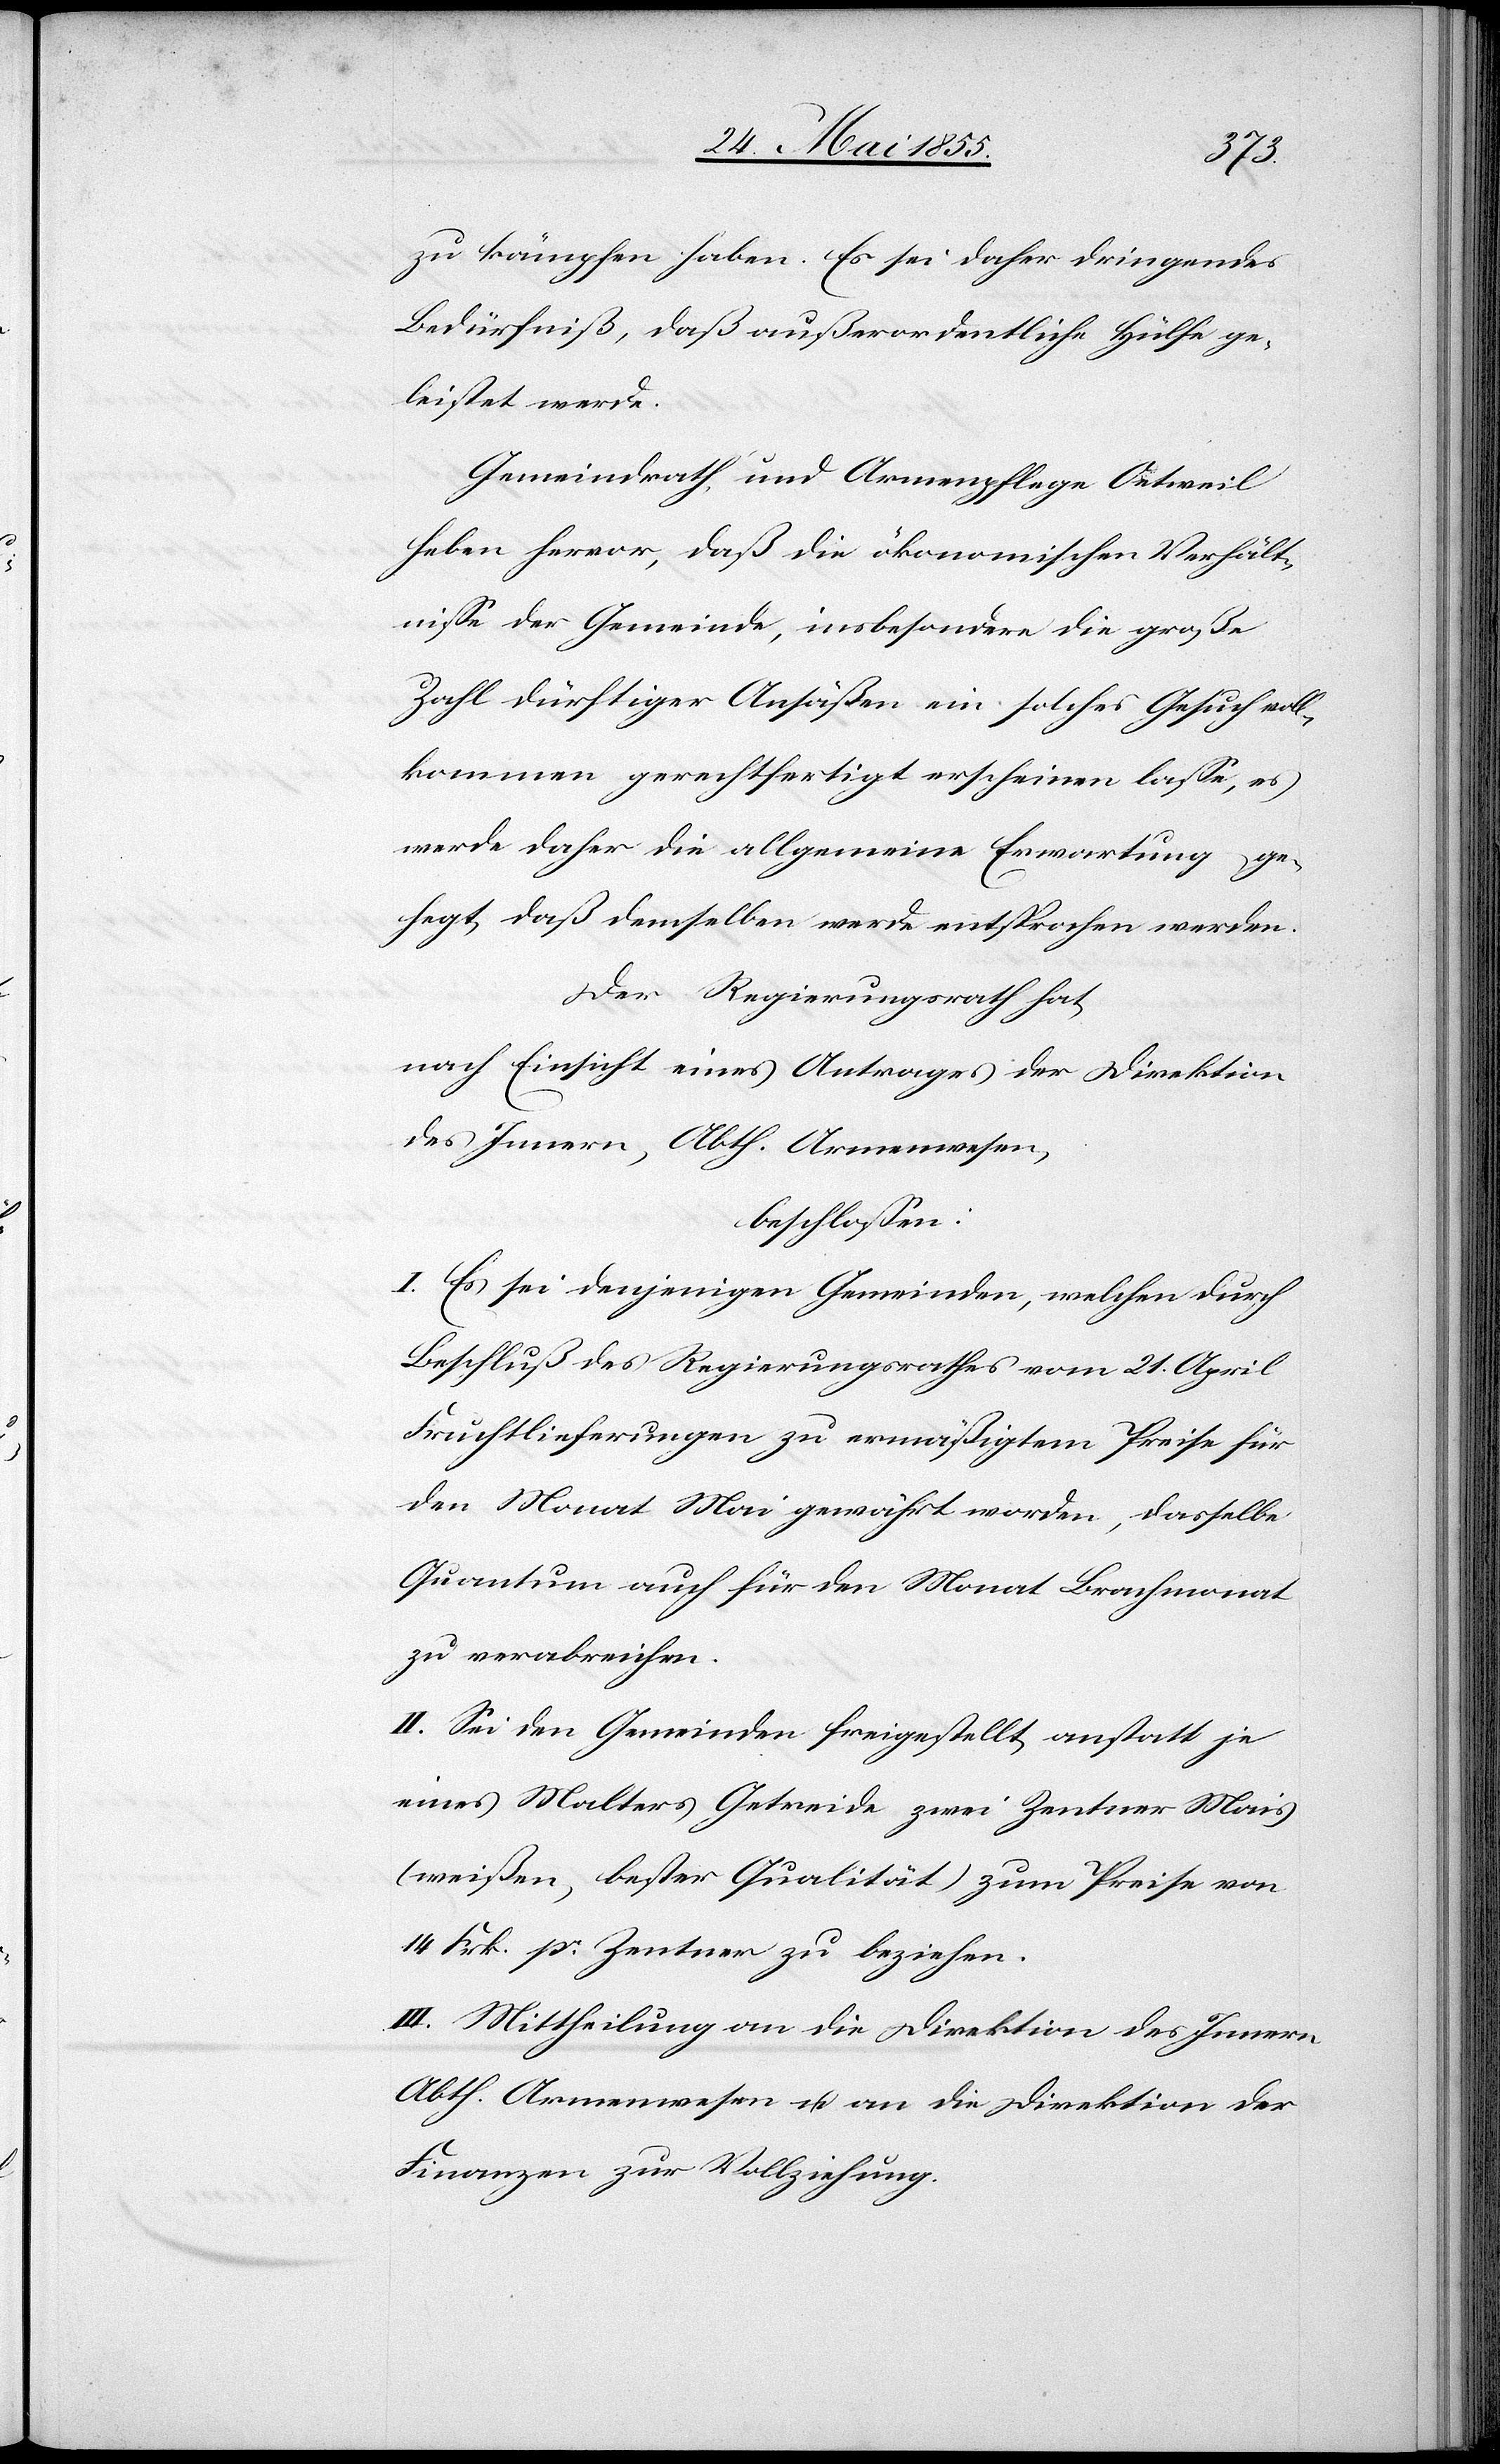
zu kämpfen haben. Es sei daher dringendes
Bedürfniß, daß außerordentliche Hülfe ge¬
leistet werde.
Gemeindrath und Armenpflege Oetweil
heben hervor, daß die ökonomischen Verhält¬
nisse der Gemeinde, insbesondere die große
Zahl dürftiger Ansäßen ein solches Gesuch voll¬
kommen gerechtfertigt erscheinen lasse, es
werde daher die allgemeine Erwartung ge¬
hegt, daß demselben werde entsprochen werden.
Der Regierungsrath hat,
nach Einsicht eines Antrages der Direktion
des Innern, Abth. Armenwesen,
beschlossen:
I. Es sei denjenigen Gemeinden, welchen durch
Beschluß des Regierungsrathes vom 21. April
Fruchtlieferungen zu ermäßigtem Preise für
den Monat Mai gewährt worden, dasselbe
Quantum auch für den Monat Brachmonat
zu verabreichen.
II. Sei den Gemeinden freigestellt, anstatt je
eines Malters Getreide zwei Zentner Mais
(weißen, bester Qualität) zum Preise von
14 Frk. pr. Zentner zu beziehen.
III. Mittheilung an die Direktion des Innern
Abth. Armenwesen u. an die Direktion der
Finanzen zur Vollziehung.